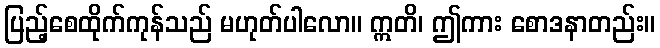
ပြည့်စေထိုက်ကုန်သည် မဟုတ်ပါလော။ ဣတိ၊ ဤကား စောဒနာတည်း။